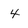
Character: 4